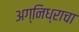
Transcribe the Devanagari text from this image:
अग्निध्राचा